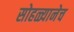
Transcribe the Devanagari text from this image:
सोहळ्यानेच